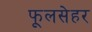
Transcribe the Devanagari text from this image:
फूलसेहर